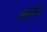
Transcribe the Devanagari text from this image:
साइकैस